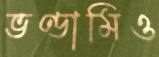
ভণ্ডামিও